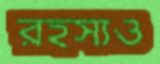
রহস্যও